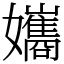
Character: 孈